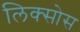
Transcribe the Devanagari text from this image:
लिक्सोस